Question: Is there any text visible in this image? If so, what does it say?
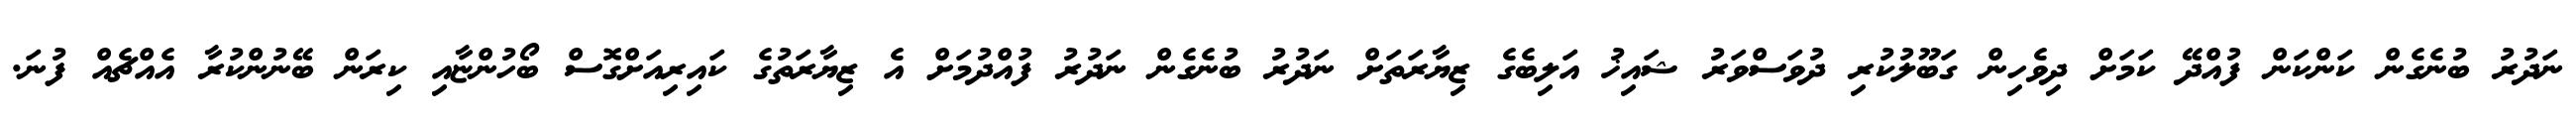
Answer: ނަދުރު ބުނެގެން ކަންކަން ފުއްދޭ ކަމަށް ދިވެހިން ގަބޫލުކުރި ދުވަސްވަރު ޝައިޚު އަލިބެގެ ޒިޔާރަތަށް ނަދުރު ބުނެގެން ނަދުރު ފުއްދުމަށް އެ ޒިޔާރަތުގެ ކައިރިއަށްގޮސް ބޯހުންޏާއި ކިރަން ބޭނުންކުރާ އެއްޗެއް ފުނަ.